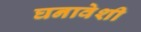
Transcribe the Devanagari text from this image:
घनावेशी